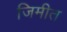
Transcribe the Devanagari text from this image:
जिमीत